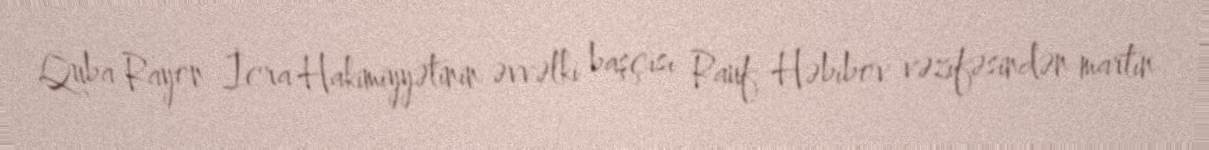
Quba Rayon İcra Hakimiyyətinin əvvəlki başçısı Rauf Həbibov vəzifəsindən martın